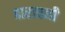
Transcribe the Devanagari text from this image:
बारावनी